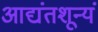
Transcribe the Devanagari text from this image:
आद्यंतशून्यं